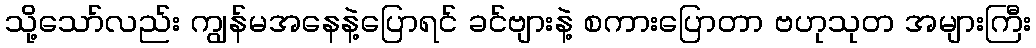
သို့သော်လည်း ကျွန်မအနေနဲ့ပြောရင် ခင်ဗျားနဲ့ စကားပြောတာ ဗဟုသုတ အများကြီး